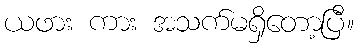
ယဖား ကား အသက်မရှိတော့ပြီ။